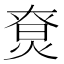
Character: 𤊽